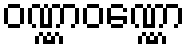
ဝဏ္ဏာဝဏ္ဏော